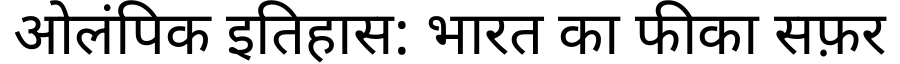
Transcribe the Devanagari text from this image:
ओलंपिक इतिहास: भारत का फीका सफ़र